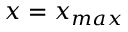
x = x _ { m a x }